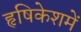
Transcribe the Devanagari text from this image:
हृषिकेशमें